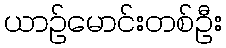
ယာဉ်မောင်းတစ်ဦး